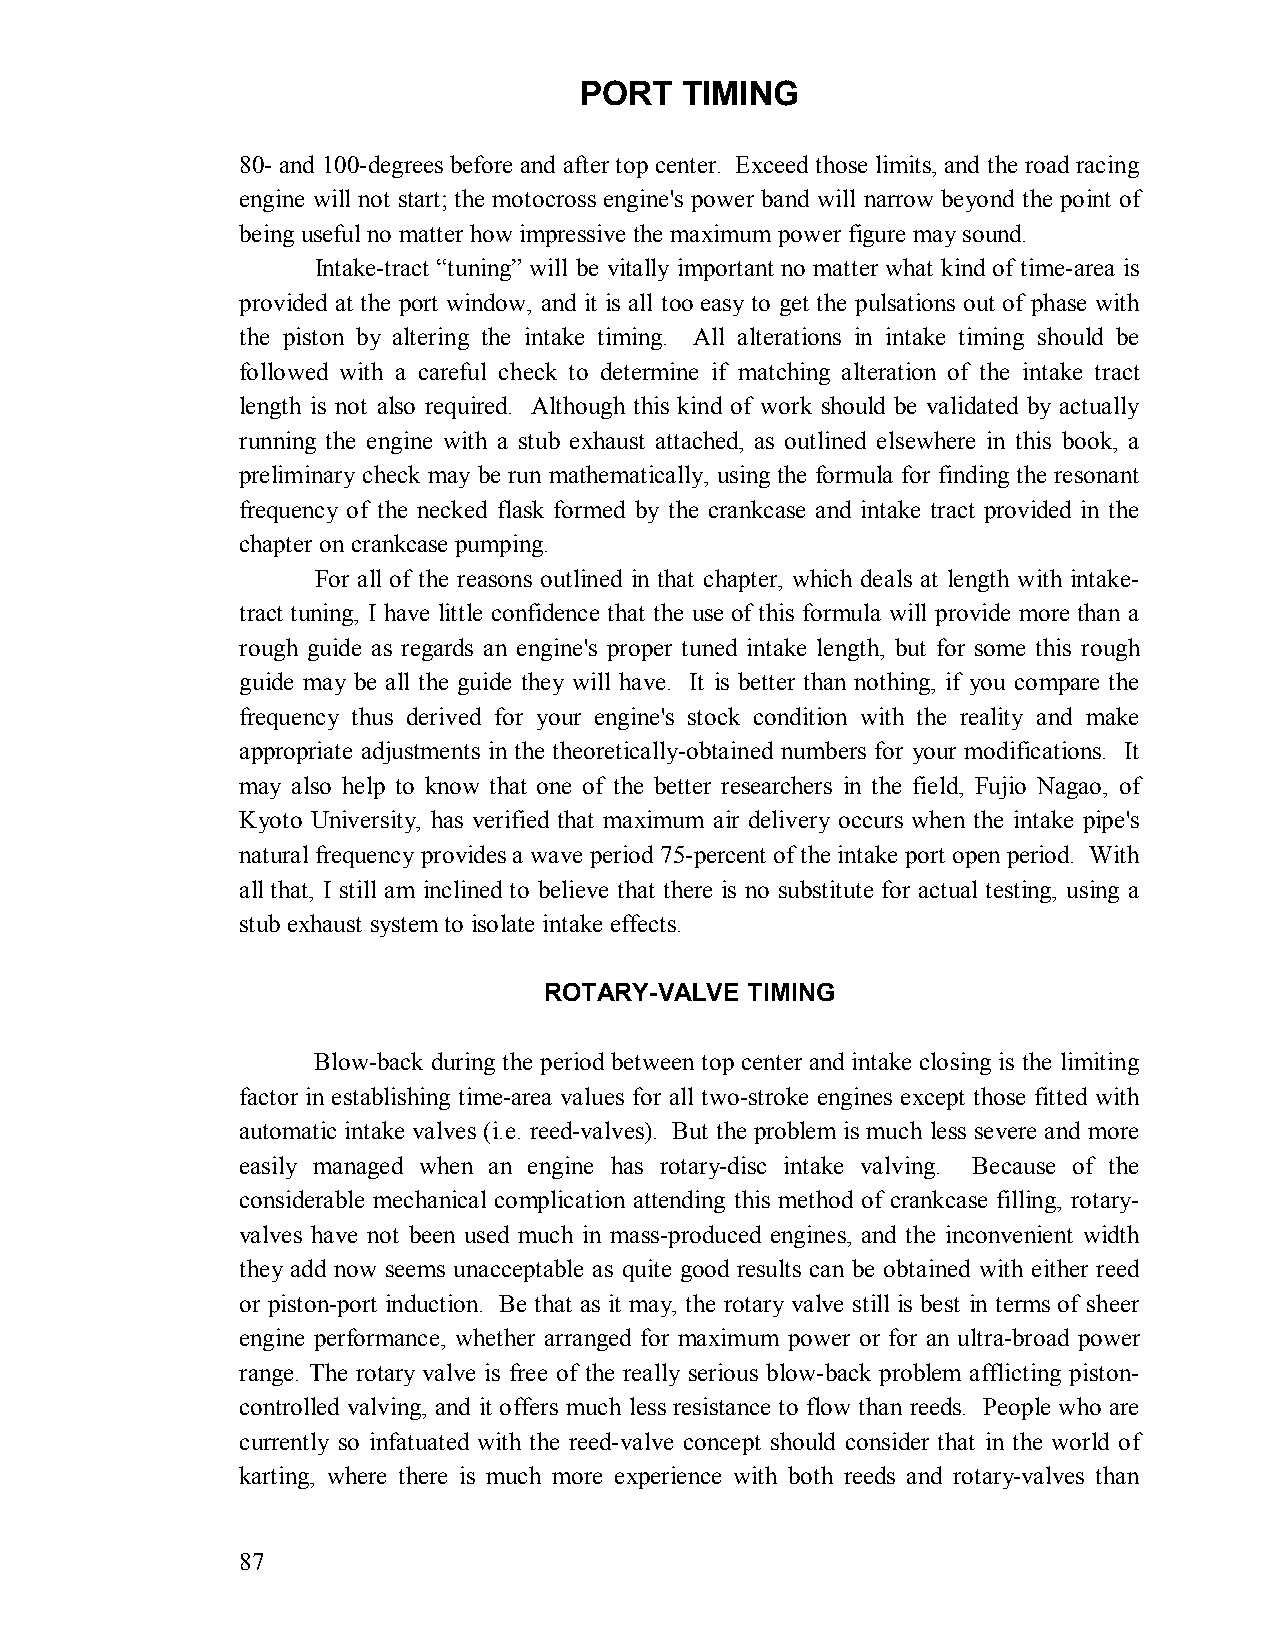
PORT   TIMING
 80- and 100-degrees before and after top center. Exceed those limits, and the road racing
 engine will not start; the motocross engine's power band will narrow beyond the point of
 being useful no matter how impressive the maximum power figure may sound.
 Intake-tract “tuning” will be vitally important no matter what kind of time-area is
 provided at the port window, and it is all too easy to get the pulsations out of phase with
 the piston by altering the intake timing. All alterations in intake timing should be
 followed with a careful check to determine if matching alteration of the intake tract
 length is not also required. Although this kind of work should be validated by actually
 running the engine with a stub exhaust attached, as outlined elsewhere in this book, a
 preliminary check may be run mathematically, using the formula for finding the resonant
 frequency of the necked flask formed by the crankcase and intake tract provided in the
 chapter on crankcase pumping.
 For all of the reasons outlined in that chapter, which deals at length with intake-
 tract tuning, I have little confidence that the use of this formula will provide more than a
 rough guide as regards an engine's proper tuned intake length, but for some this rough
 guide may be all the guide they will have. It is better than nothing, if you compare the
 frequency thus derived for your engine's stock condition with the reality and make
 appropriate adjustments in the theoretically-obtained numbers for your modifications. It
 may also help to know that one of the better researchers in the field, Fujio Nagao, of
 Kyoto University, has verified that maximum air delivery occurs when the intake pipe's
 natural frequency provides a wave period 75-percent of the intake port open period. With
 all that, I still am inclined to believe that there is no substitute for actual testing, using a
 stub exhaust system to isolate intake effects.
 ROTARY-VALVE TIMING
 Blow-back during the period between top center and intake closing is the limiting
 factor in establishing time-area values for all two-stroke engines except those fitted with
 automatic intake valves (i.e. reed-valves). But the problem is much less severe and more
 easily managed when an engine has rotary-disc intake valving. Because of the
 considerable mechanical complication attending this method of crankcase filling, rotary-
 valves have not been used much in mass-produced engines, and the inconvenient width
 they add now seems unacceptable as quite good results can be obtained with either reed
 or piston-port induction. Be that as it may, the rotary valve still is best in terms of sheer
 engine performance, whether arranged for maximum power or for an ultra-broad power
 range. The rotary valve is free of the really serious blow-back problem afflicting piston-
 controlled valving, and it offers much less resistance to flow than reeds. People who are
 currently so infatuated with the reed-valve concept should consider that in the world of
 karting, where there is much more experience with both reeds and rotary-valves than
 87